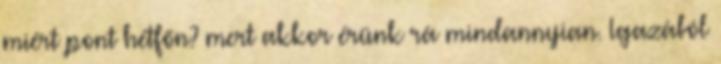
miért pont hétfőn? mert akkor érünk rá mindannyian. Igazából